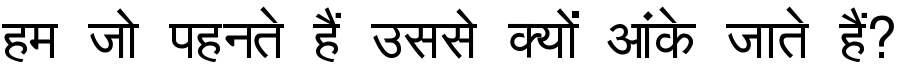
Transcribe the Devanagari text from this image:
हम जो पहनते हैं उससे क्यों आंके जाते हैं?